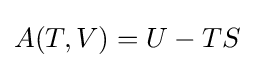
A(T,V)=U-TS